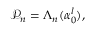
\begin{array} { r } { \mathcal { P } _ { n } = \Lambda _ { n } ( \boldsymbol { \alpha } _ { 0 } ^ { l } ) , } \end{array}